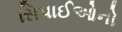
સિપાઈઓનો